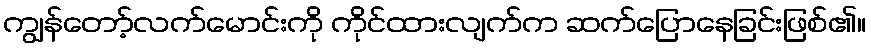
ကျွန်တော့်လက်မောင်းကို ကိုင်ထားလျက်က ဆက်ပြောနေခြင်းဖြစ်၏။